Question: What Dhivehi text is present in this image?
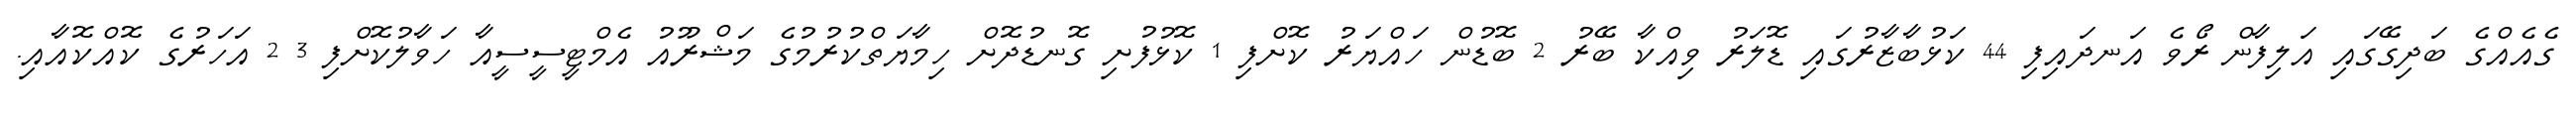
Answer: ގެއެއްގެ ބަދިގޭގައި އަލިފާން ރޯވެ އަނދައިފި 44 ކަޅުބާޒާރުގައި ޑޮލަރު ވިއްކާ ބޭރު 2 ބޮޑުން ހައްޔަރު ކޮށްފި 1 ކޮޅުފުށި ގޮނޑުދޮށް ހިމާޔަތްކުރުމުގެ މަޝްރޫއު އެމްޓީސީސީއާ ހަވާލުކޮށްފި 3 2 އަހަރުގެ ކޮއްކޮއާއި.